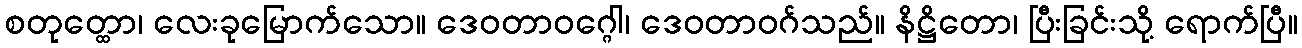
စတုတ္ထော၊ လေးခုမြောက်သော။ ဒေဝတာဝဂ္ဂေါ၊ ဒေဝတာဝဂ်သည်။ နိဋ္ဌိတော၊ ပြီးခြင်းသို့ ရောက်ပြီ။